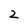
Character: 2